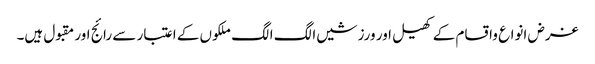
غرض انواع واقسام کے کھیل اور ورزشیں الگ الگ ملکوں کے اعتبار سے رائج اور مقبول ہیں۔